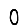
Digit: 0